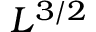
L ^ { 3 / 2 }